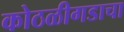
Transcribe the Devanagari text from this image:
कोठळीगडाचा